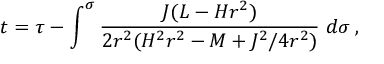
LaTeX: t = \tau - \int ^ { \sigma } \frac { J ( L - H r ^ { 2 } ) } { 2 r ^ { 2 } ( H ^ { 2 } r ^ { 2 } - M + J ^ { 2 } / 4 r ^ { 2 } ) } \; d \sigma \: ,